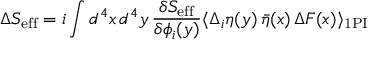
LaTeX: \Delta S _ { \mathrm { e f f } } = i \int d ^ { 4 } x \, d ^ { 4 } y \, \frac { \delta S _ { \mathrm { e f f } } } { \delta \phi _ { i } ( y ) } \langle \Delta _ { i } \eta ( y ) \, \bar { \eta } ( x ) \, \Delta F ( x ) \rangle _ { \mathrm { 1 P I } }